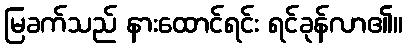
မြခက်သည် နားထောင်ရင်း ရင်ခုန်လာ၏။